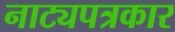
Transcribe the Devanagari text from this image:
नाट्यपत्रकार